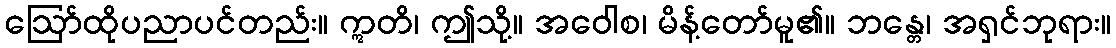
ဩော်ထိုပညာပင်တည်း။ ဣတိ၊ ဤသို့။ အဝေါစ၊ မိန့်တော်မူ၏။ ဘန္တေ၊ အရှင်ဘုရား။